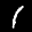
Label: 1